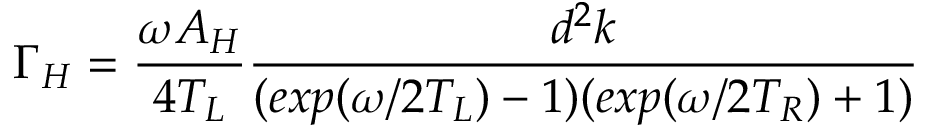
\Gamma _ { H } = \frac { \omega A _ { H } } { 4 T _ { L } } \frac { d ^ { 2 } k } { ( e x p ( \omega / 2 T _ { L } ) - 1 ) ( e x p ( \omega / 2 T _ { R } ) + 1 ) }